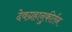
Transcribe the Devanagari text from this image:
देवग्रहानुकीर्तन